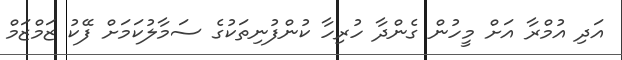
އަދި އުމްރާ އަށް މީހުން ގެންދާ ހުރިހާ ކުންފުނިތަކުގެ ސަމާލުކަމަށް ފޭކު ޒަމްޒަމް